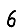
Digit: 6